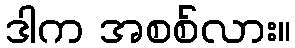
ဒါက အစစ်လား။